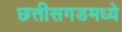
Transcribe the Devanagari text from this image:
छत्तीसगडमध्ये